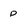
Character: p